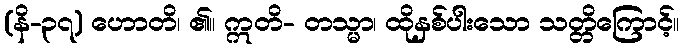
(နိ-၃၇) ဟောတိ၊ ၏။ ဣတိ- တသ္မာ၊ ထိုနှစ်ပါးသော သတ္တိကြောင့်။